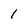
Character: 1